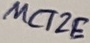
Text: MCT2E